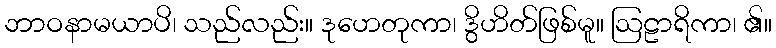
ဘာဝနာမယာပိ၊ သည်လည်း။ ဒုဟေတုကာ၊ ဒွိဟိတ်ဖြစ်မူ။ ဩဠာရိကာ၊ ၏။